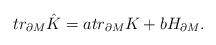
LaTeX: \begin{align*}tr_{\partial M}\hat K=atr_{\partial M}K+bH_{\partial M}.\end{align*}